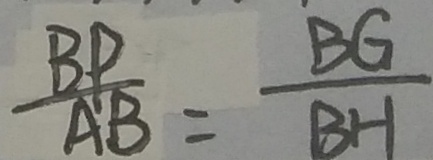
\frac { B P } { A B } = \frac { B G } { B H }